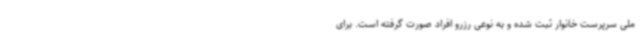
ملی سرپرست خانوار ثبت شده و به نوعی رزرو افراد صورت گرفته است. برای